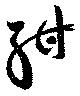
酣